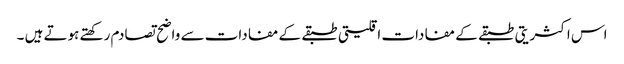
اس اکثریتی طبقے کے مفادات اقلیتی طبقے کے مفادات سے واضح تصادم رکھتے ہوتے ہیں ۔